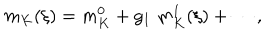
m _ { K } ( \xi ) = m _ { K } ^ { 0 } + g _ { I } \; m _ { K } ^ { 1 } ( \xi ) + \cdots ,